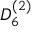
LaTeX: { D } _ { 6 } ^ { ( 2 ) }